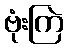
ဗုံးကြဲ